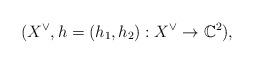
LaTeX: \begin{align*}(X^\vee,h=(h_1,h_2):X^\vee\rightarrow \mathbb C^2),\end{align*}